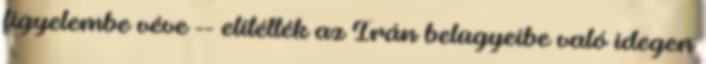
figyelembe véve -- elítélték az Irán belügyeibe való idegen